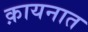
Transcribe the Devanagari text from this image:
क़ायनात